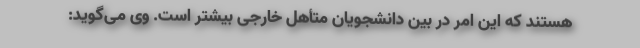
هستند که این امر در بین دانشجویان متأهل خارجی بیشتر است. وی می‌گوید: